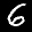
Label: 6